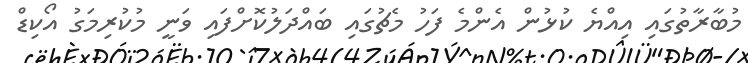
މުބާރާތުގައި އިއްޔެ ކުޅުން އެންމެ ފަހު މެޗުގައި ބައްދަލުކޮށްފައި ވަނީ މުކުރިމަގު އޯކިޑް